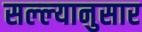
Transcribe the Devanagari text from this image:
सल्ल्‍यानुसार